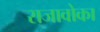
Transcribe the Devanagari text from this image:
राजावोका